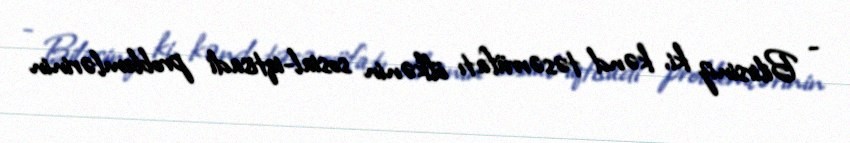
- Bilirsiniz ki, kənd təsərrüfatı ölkənin sosial-iqtisadi problemlərinin